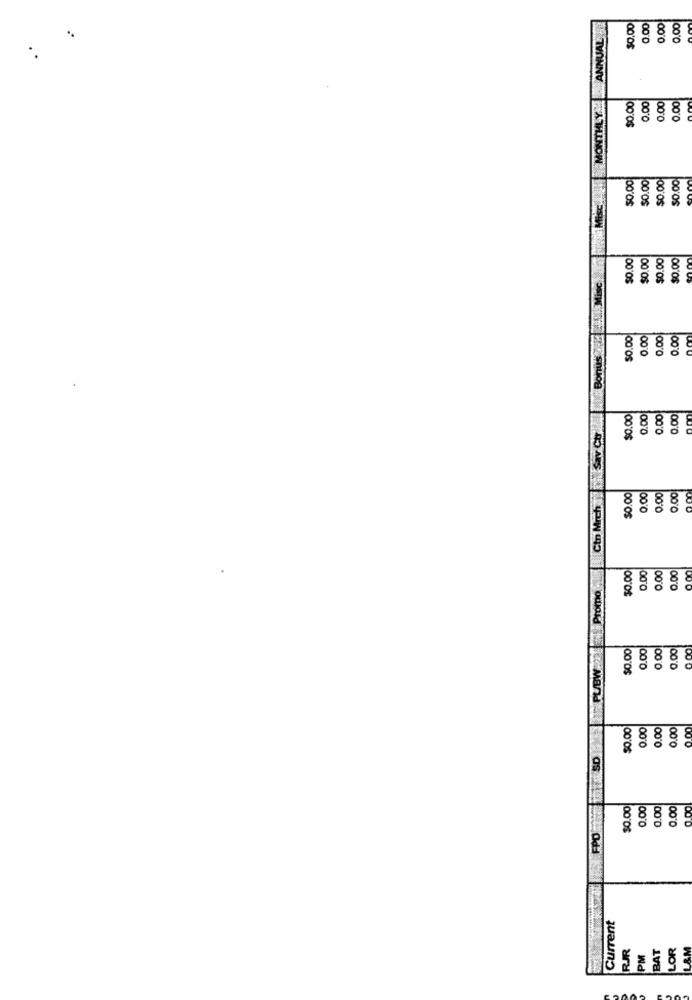
ANNUAL
$0.00
0.00
0.00
0.00
$0.00
0.00
0.00
0.00
$0.00
$0.00
$0.00
$0.00
$0.00
$0.00
$0.00
$0.00
$0.00
0.00
0.00
0.00
$0.00
0.00
2.00
0.00
Ctn Mich 37Sav Co
$0.00
0.00
0.00
0.00
$0.00
0.00
0.00
0.00
PUBW :21 Promo
$0.00
0.00
0.00
0.00
$0.00
0.00
0.00
0.00
SD
$0.00
0.00
0.00
0.00
FPO
Current
BAT
LOR
LAM
PM